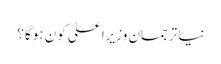
نیا ترجمان وزیراعلیٰ کون ہوگا؟